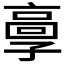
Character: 𩫃